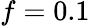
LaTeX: f=0.1